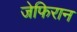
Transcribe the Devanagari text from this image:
जेफिरान